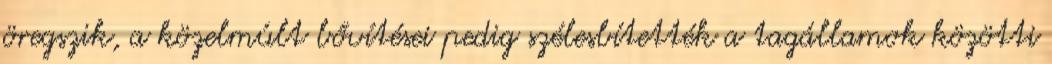
öregszik, a közelmúlt bővítései pedig szélesbítették a tagállamok közötti